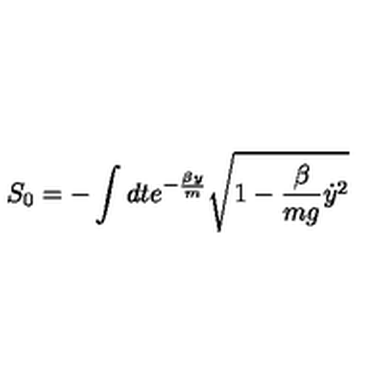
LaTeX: S _ { 0 } = - \int d t e ^ { - \frac { \beta y } { m } } \sqrt { 1 - \frac { \beta } { m g } { \dot { y } } ^ { 2 } }